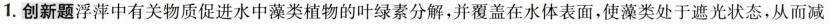
1.创新题浮萍中有关物质促进水中藻类植物的叶绿素分解，并覆盖在水体表面，使藻类处于遮光状态，从而减